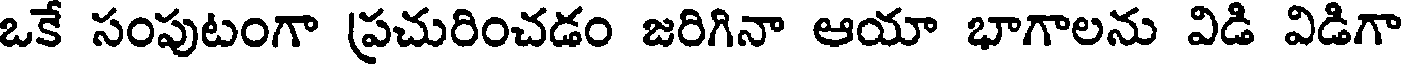
ఒకే సంపుటంగా (ప్రచురించడం జరిగినా ఆయా భాగాలను విడి విడిగా